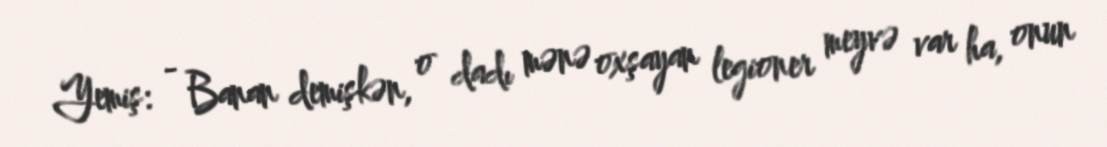
Yemiş: - Banan demişkən, o dadı mənə oxşayan legioner meyvə var ha, onun